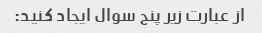
از عبارت زیر پنج سوال ایجاد کنید: